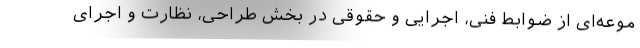
موعه‌ای از ضوابط فنی، اجرایی و حقوقی در بخش طراحی، نظارت و اجرای